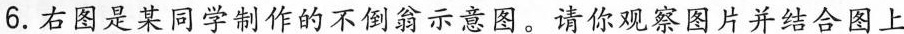
6.右图是某同学制作的不倒翁示意图。请你观察图片并结合图上